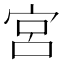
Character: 宮